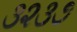
૩૨૩૭